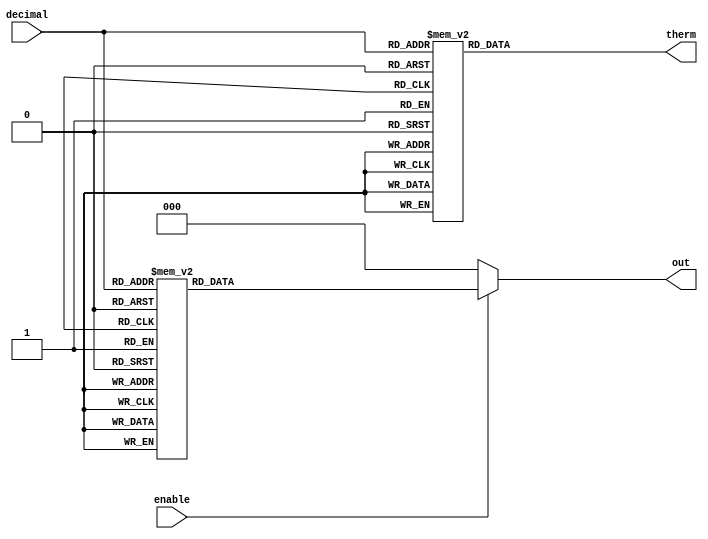
`timescale 1ns / 1ps
//////////////////////////////////////////////////////////////////////////////////
// Company: 
// Engineer: 
// 
// Design Name: 
// Module Name: thermom
// Project Name: 
// Target Devices: 
// Tool Versions: 
// Description: 
// 
// Dependencies: 
// 
// Revision:
// Revision 0.01 - File Created
// Additional Comments:
// 
//////////////////////////////////////////////////////////////////////////////////


module thermom(therm, out, decimal, enable);
    input [2:0] decimal;
    input enable;
    output reg [6:0] therm;
    output reg [2:0] out;
    
    always @(*)
    if (enable == 0) out = 3'b000;
    else
    begin
    case (decimal)
        3'b000: out = 3'b000;
        3'b001: out = 3'b001;
        3'b010: out = 3'b011;
        3'b011: out = 3'b010;
        3'b100: out = 3'b110;
        3'b101: out = 3'b111;
        3'b110: out = 3'b101;
        3'b111: out = 3'b100;
    endcase
    end
    
    
    always @(*)
    case (decimal)
        3'b000: therm = 7'b0000000;
        3'b001: therm = 7'b0000001;
        3'b010: therm = 7'b0000011;
        3'b011: therm = 7'b0000111;
        3'b100: therm = 7'b0001111;
        3'b101: therm = 7'b0011111;
        3'b110: therm = 7'b0111111;
        3'b111: therm = 7'b1111111;
    endcase

endmodule